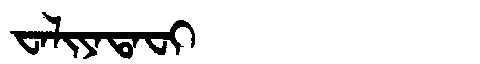
Manchu: ᠸᠠᠯᡳᠶᠠᡨᠠᠸᡳ
Romanization: WALIYATAFI